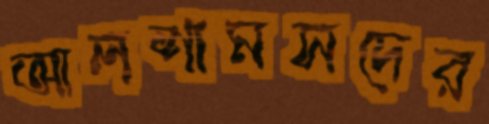
আলশামসদের